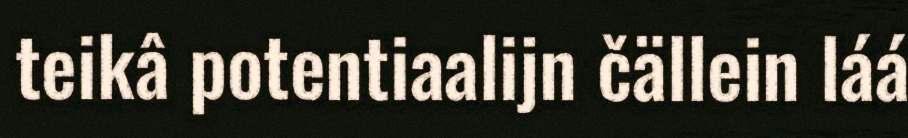
teikâ potentiaalijn čällein láá